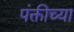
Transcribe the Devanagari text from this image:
पंक्तीच्या